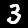
Digit: 3